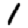
Digit: 1